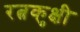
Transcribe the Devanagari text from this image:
रत्नकुक्षी